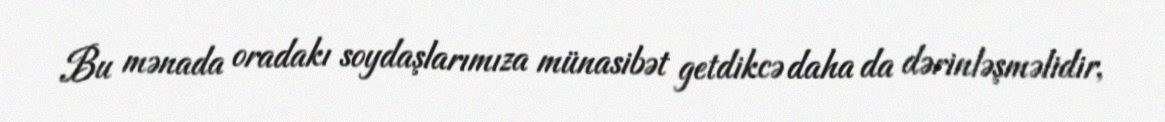
Bu mənada oradakı soydaşlarımıza münasibət getdikcə daha da dərinləşməlidir,